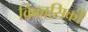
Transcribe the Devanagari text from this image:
विकासिकी